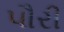
પૌરી